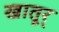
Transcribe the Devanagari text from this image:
खातूर्